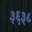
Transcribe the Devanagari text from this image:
३६३८